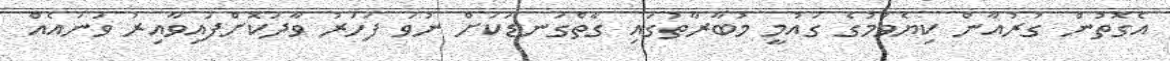
އެގޮތުން ގުރުއާން ކިޔެވުމުގެ ގައުމީ މުބާރާތުގައި ގާތްގަނޑަކަށް ނުވަ ފަހަރު ވާދަކޮށްފައިވާއިރު ވަނައެއް